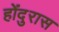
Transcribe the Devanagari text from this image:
होंदुरास